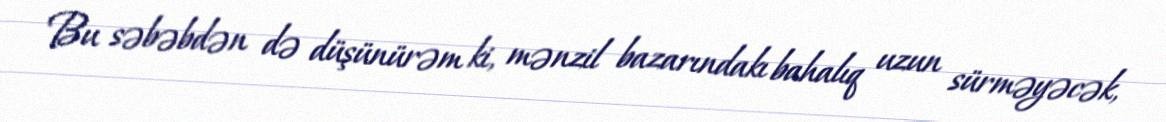
Bu səbəbdən də düşünürəm ki, mənzil bazarındakı bahalıq uzun sürməyəcək,